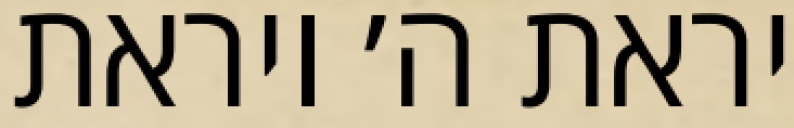
יראת ה׳ ויראת